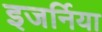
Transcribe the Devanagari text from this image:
इजर्निया